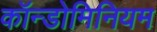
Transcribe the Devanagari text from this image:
कॉन्डोमिनियम